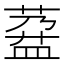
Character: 𱾌